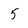
Character: 5